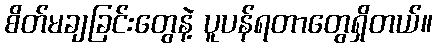
စိတ်မချခြင်းတွေနဲ့ ပူပန်ရတာတွေရှိတယ်။